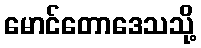
မောင်တောဒေသသို့